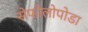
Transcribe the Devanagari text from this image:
सेफोलोपोडा